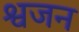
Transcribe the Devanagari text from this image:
श्वजन